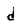
Character: d